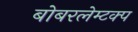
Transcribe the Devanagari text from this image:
बोबरलेम्टक्प